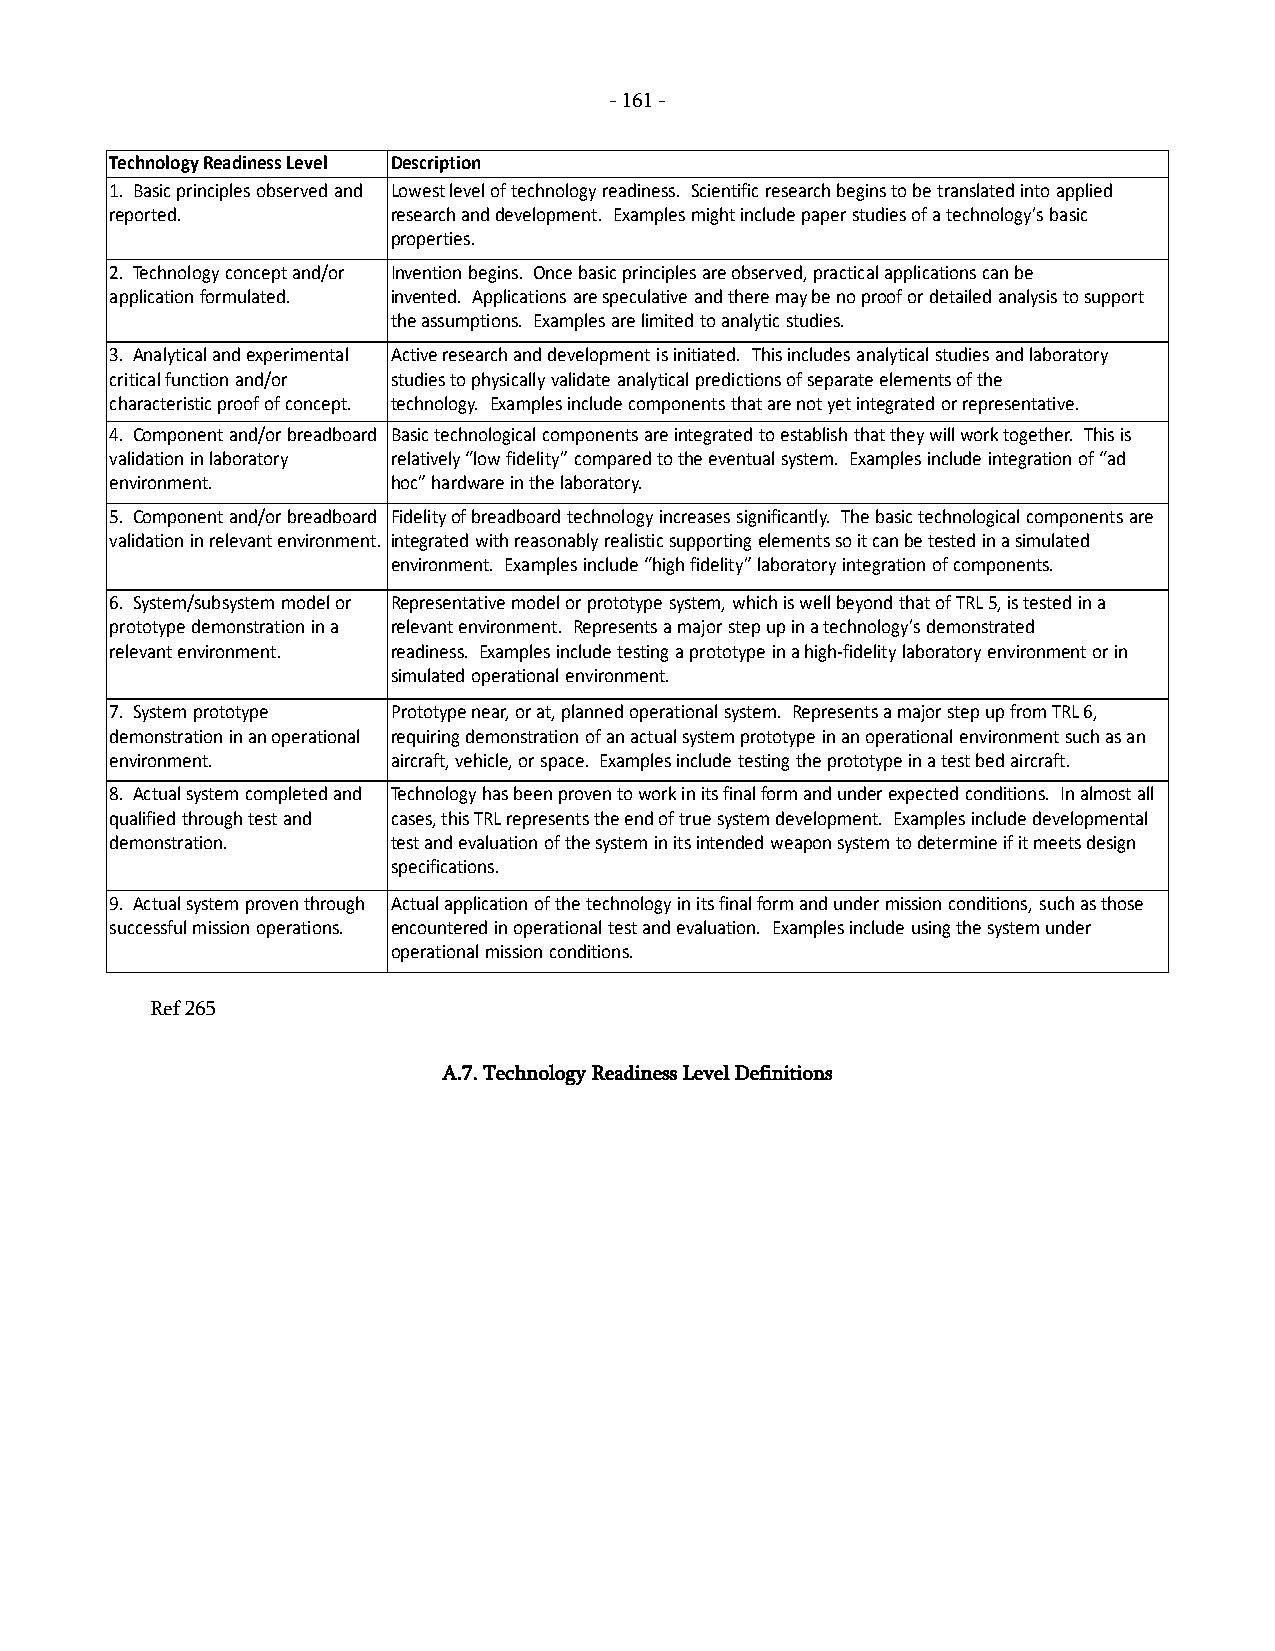
- 161 -
 Technology Readiness Level Description
 1. Basic principles observed and Lowest level of technology readiness. Scientific research begins to be translated into applied
 reported.          research and development. Examples might include paper studies of a technology’s basic
 properties.
 2. Technology concept and/or Invention begins. Once basic principles are observed, practical applications can be
 application formulated. invented. Applications are speculative and there may be no proof or detailed analysis to support
 TECH BASE  the assuAmpCtiTonDs. Examples ar Le E li Am Vite Ed Bto E a Hn Ia Nly Dtic studies. PRODUCTION
 3. Analytical and experimental Active research and development is initiated. This includes analytical studies and laboratory
 critical function and/or studies to physically validate analytical predictions of separate elements of the
 characteristic proof of concept. technology. Examples include components that are not yet integrated or representative.
 4. ComBpoAnCeKnt TaOnd /or breadboard Basic technological components are integrated to establish that they will work together. This is
 validatioTnE iCn Hla bBoAraStEory relatively “low fidelity” compared to the eventual system. Examples include integration of “ad
 environment.       hoLcIT” ThaLrEdw UaTreIL iInT tYh e laboratory.
 OPERATIONAL ASSESSMENT
 5. Component and/or breadboard Fidelity of breadboard technology increases significantly. The basic technological components are
 OR NEED
 validation in relevant environment. integrated with reasonably realistic supporting elements so it can be tested in a simulated
 environment. Examples include “high fidelity” laboratory integration of components.
 6. System/subsystem model or Representative model or prototyEpXe TsyEsNteSmI,V wEh MichO iDs wIFeICll bAeTyIoOnNd that of TRL 5, is tested in a
 prototype demonstration in a relevant environment. Represents a major step up in a technology’s demonstrated
 TERMINATE
 relevant environment. readiness. Examples includeC tOesMtingP Ea TprIoTtIoOtyNpe in a higEhM-fidDelity laboraPtoRrOy eDnUvirCoTnmIOenNt or in
 simulated operational environment.
 7. System prototype Prototype near, or at, planned operational system. Represents a major step up from TRL 6,
 demonstration in an operational requiring demonstration of an actual system prototype in an operational environment such as an
 environment.       aircraft, vehicle, or space. Examples include testing the prototype in a test bed aircraft.
 8. Actual system completed and Technology has been proven to work in its final form and under expected conditions. In almost all
 qualified through test and cases, this TRL represents the end of true system development. Examples include developmental
 demonstration.     test and evaluation of the system in its intended weapon system to determine if it meets design
 specifications.
 9. Actual system proven through Actual application of the technology in its final form and under mission conditions, such as those
 successful mission operations. encountered in operational test and evaluation. Examples include using the system under
 operational mission conditions.
 Ref 265
 A.7. Technology Readiness Level Definitions
 -
 161
 -